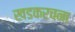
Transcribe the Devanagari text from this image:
खडकरचना